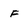
Character: F